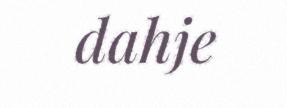
dahje